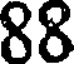
88